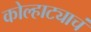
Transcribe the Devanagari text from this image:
कोल्हाट्याचं